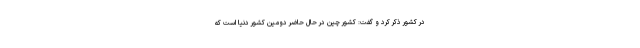
در کشور ذکر کرد و گفت: کشور چین در حال حاضر دومین کشور دنیا است که